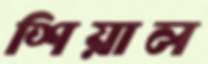
শিয়াল